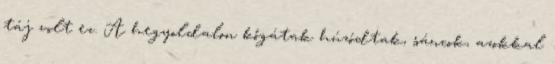
táj volt ez. A hegyoldalon kőgátak húzódtak, sáncok, azokkal